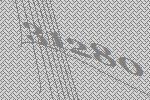
31280